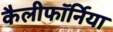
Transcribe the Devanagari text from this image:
कैलीफॉर्निया